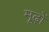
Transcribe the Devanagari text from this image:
मूढ़ों